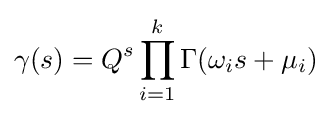
\gamma (s)=Q^{s}\prod _{i=1}^{k}\Gamma (\omega _{i}s+\mu _{i})